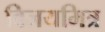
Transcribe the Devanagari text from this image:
विजयमित्र